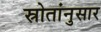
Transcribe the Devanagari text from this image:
स्रोतांनुसार